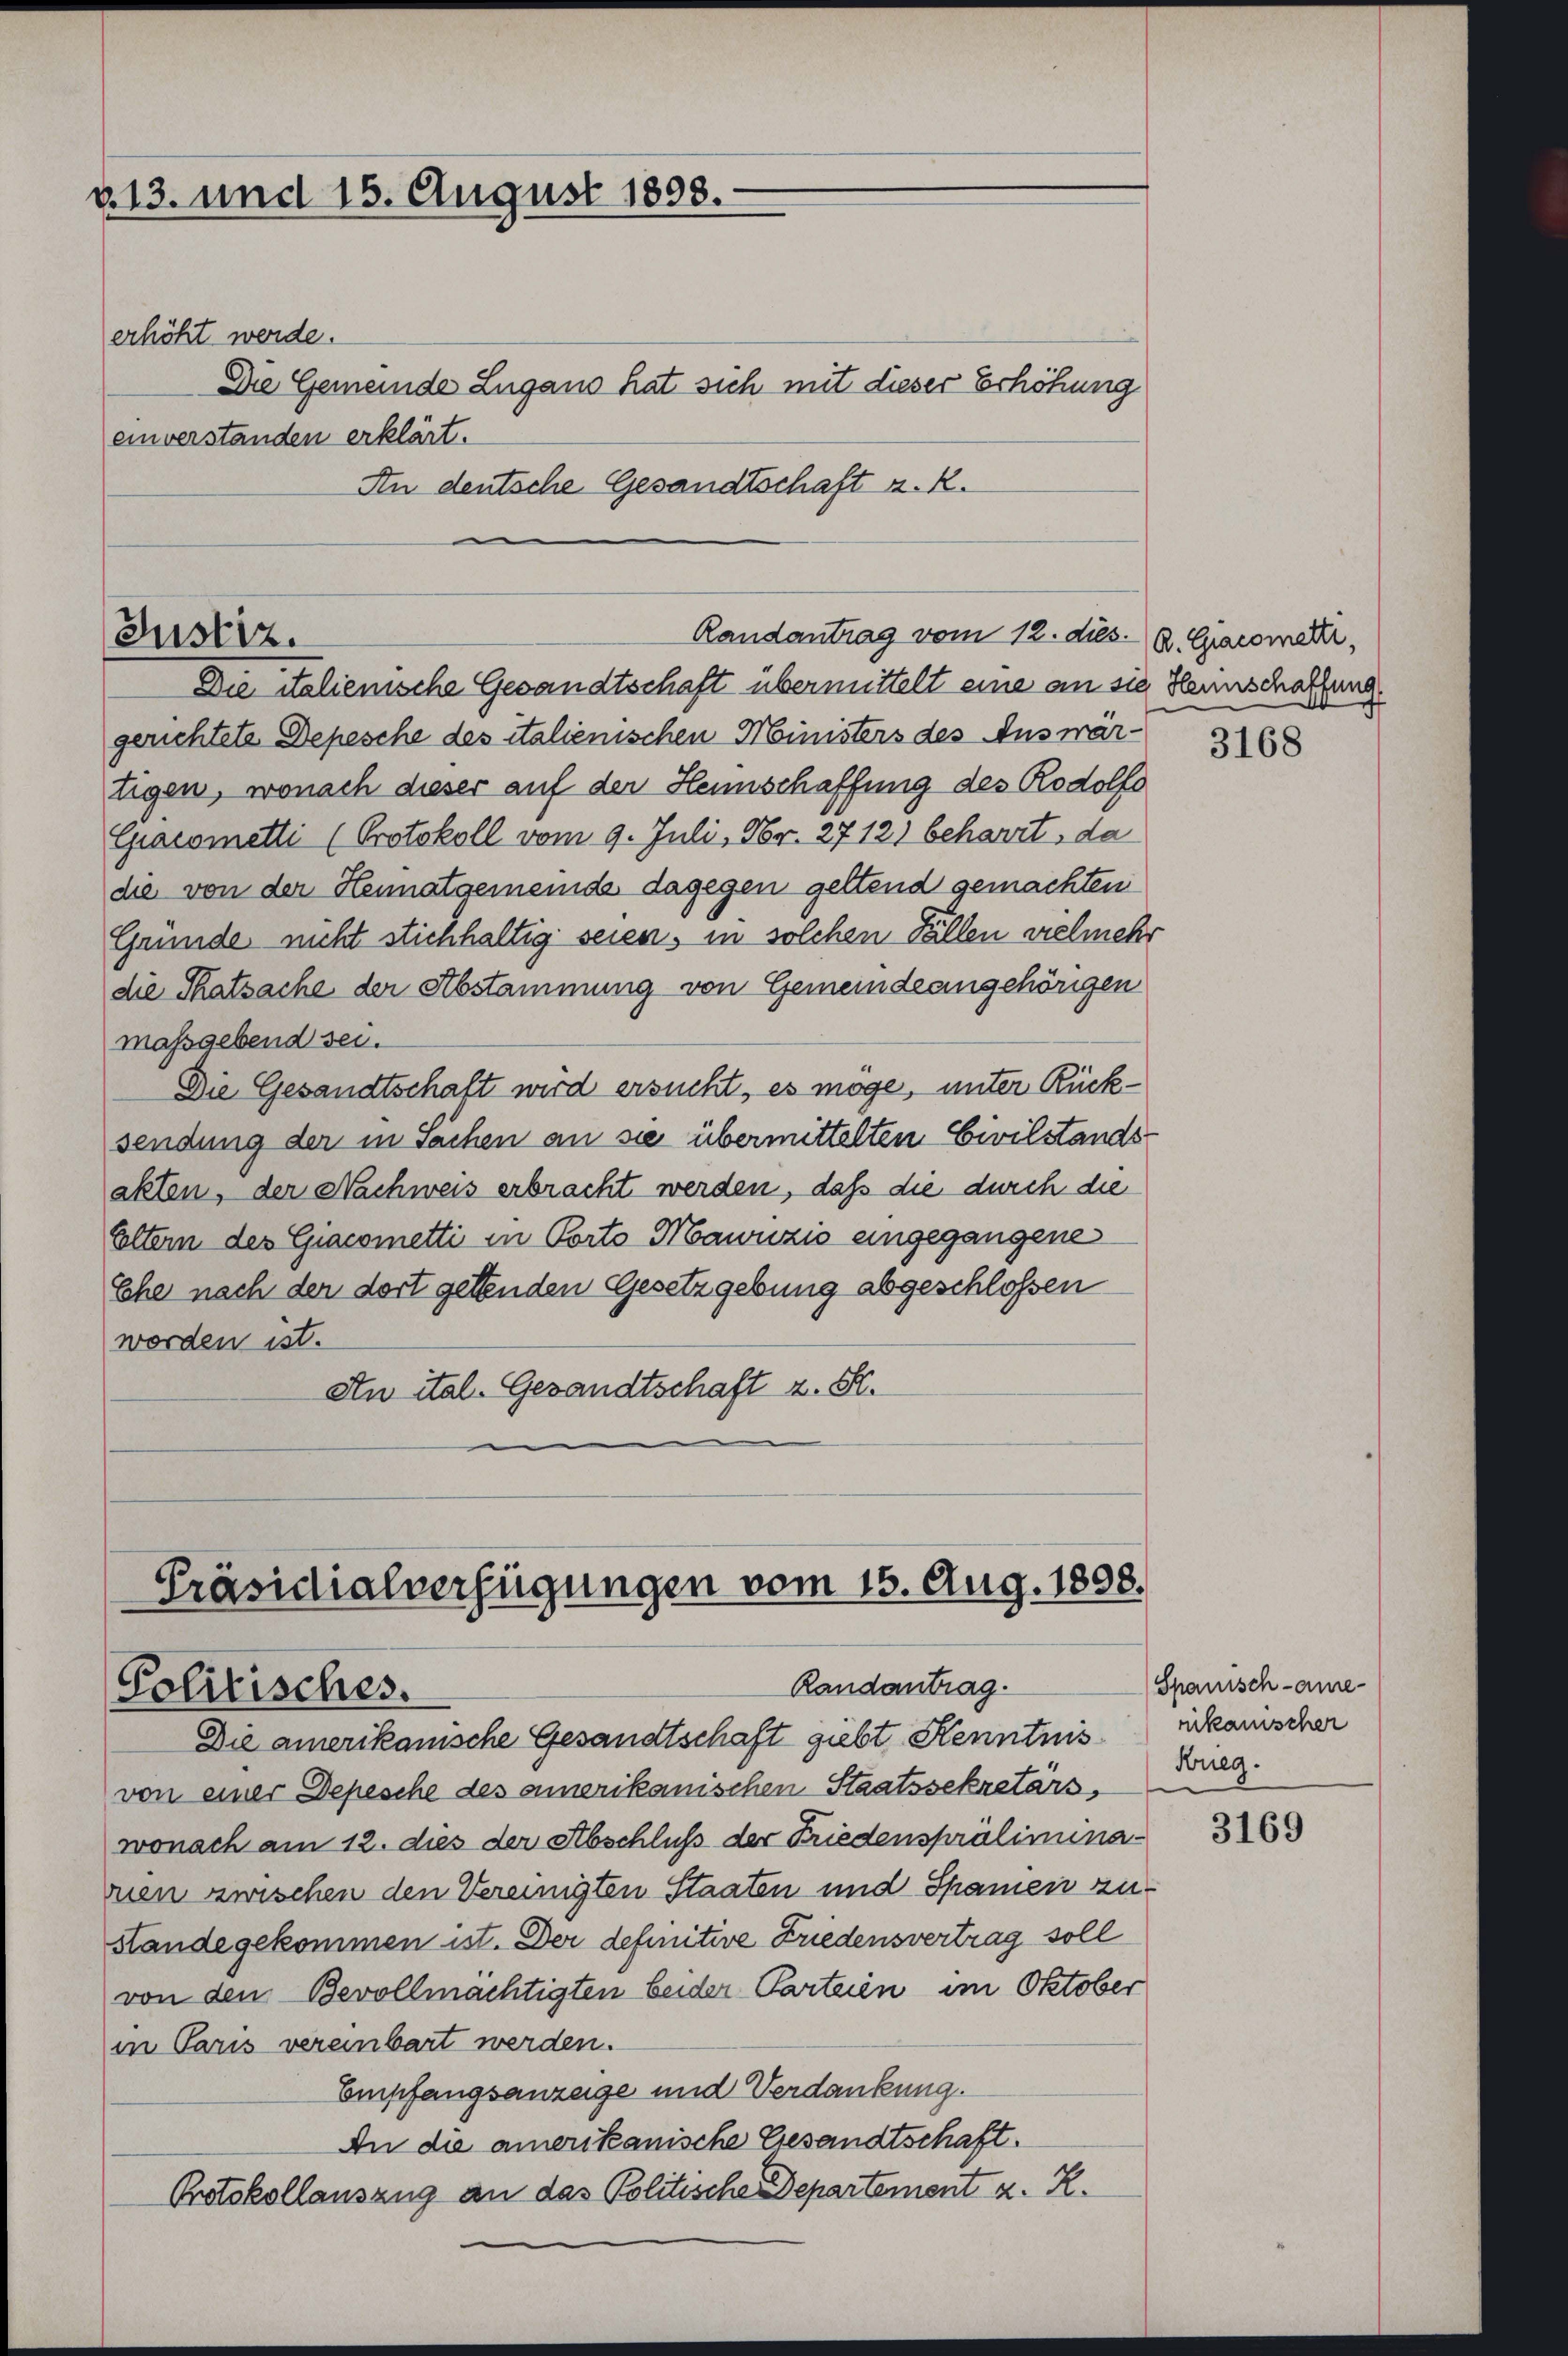
v. 13. und 15. August 1898.

erhöht werde.
Die Gemeinde Lugano hat sich mit dieser Erhöhung
einverstanden erklärt.
An deutsche Gesandtschaft a. R.

Randantrag vom 12. dies. 2. Giacomer,
Justiz.
Die Salienische Gesandtschaft übermittelt eine an sie Hannschaffung

Präsidialverfügungen vom 15. Aug. 1898.
Randantrag.
Politisches.
Die amerikanische Gesandtschaft giebt Kenntnis

gerichtete Depesche des italienischen Ministers des Auswärtigen, wonach dieser auf der Henschaffung des Rodolfs
Giacometti (Protokoll vom 9. Juli, Nr. 2712) beharrt, da
die von der Heimatgemeinde dagegen geltend gemachten
Gründe nicht stichhaltig seien, in solchen Fällen vielmehr
die Thatsache der Abstammung von Gemeindeangehörigen
massgebend sei.
Die Gesandtschaft wird ersucht, es möge, unter Rücksendung der in Sachen an sie übermittelten Civilstands-
akten, der Nachweis erbracht werden, daß die durch die
Eltern des Giacometti in Porto Nawnzić eingegangene
Ehe nach der dort getenden Gesetzgebung abgeschlossen
worden ist.
An ital. Gesandtschaft z. St.

von einer Depesche des amerikanischen Staatssekretärs,
wonach am 12. dies der Abschluß der Friedenspräliminanen zwischen den Vereinigten Staaten und Spamen zu¬
Stande gekommen ist. Der definitive Friedensvertrag soll
von den Bevollmächtigten beider Parteien im Oktober
in Paris vereinbart werden.
Empfangsanzeige und Verdankung.
An die amerikanische Gesandtschaft.
Protokollauszug an das Politische Departement z. Z.

3168

Spanisch-ame-
nikanischer
Freg.

3169